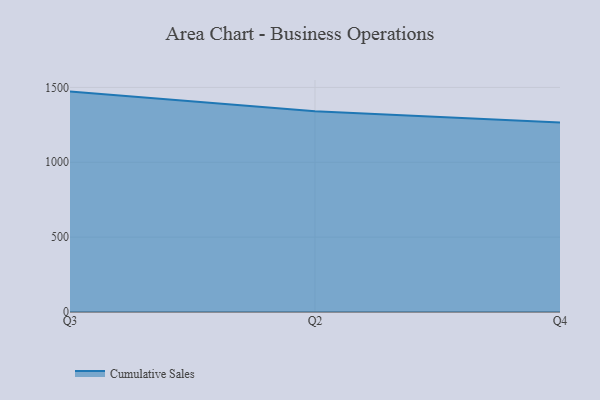
{"axis": {"x": "Quarter", "y": "Churn Rate (%)"}, "legend": ["Cumulative Sales"], "data": [{"x": "Q3", "y": 1472.1, "type": "Cumulative Sales"}, {"x": "Q2", "y": 1340.2, "type": "Cumulative Sales"}, {"x": "Q4", "y": 1265.6, "type": "Cumulative Sales"}]}